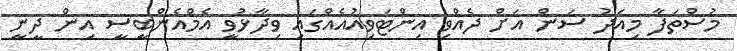
މުސްތަފާ މިއަދު ސަން އަށް ދެއްވި އިންޓަވިއުއެއްގައި ވިދާޅުވީ އެމްއެންބީސީ އިން ދީނީ